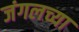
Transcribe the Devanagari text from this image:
जंगलच्या